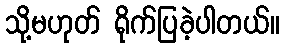
သို့မဟုတ် ရိုက်ပြခဲ့ပါတယ်။